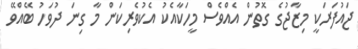
ޖައުފަރަކީ މިޒާޖުގެ ގޮތުން އެއްވެސް މީހަކާއެކު އެކުވެރިކަން މާ ގިނަ ދުވަހު ބޭއްވޭ